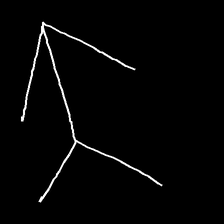
Glyph: gather